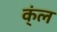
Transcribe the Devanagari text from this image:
क्ंल